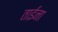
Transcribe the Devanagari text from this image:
ताईना